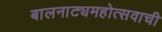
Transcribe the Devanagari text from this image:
बालनाट्यमहोत्सवाची